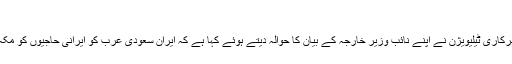
‘
اے پی کے مطابق منگل کو ایرانی سرکاری ٹیلیویژن نے اپنے نائب وزیر خارجہ کے بیان کا حوالہ دیتے ہوئے کہا ہے کہ ایران سعودی عرب کو ایرانی حاجیوں کو مکہ میں دفنانے کی اجازت نہیں دے گا۔